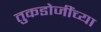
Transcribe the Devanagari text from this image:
तुकडोजींच्या